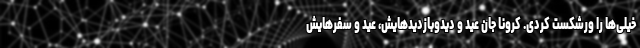
خیلی‌ها را ورشکست کردی. کرونا جان عید و دیدوبازدیدهایش، عید و سفرهایش